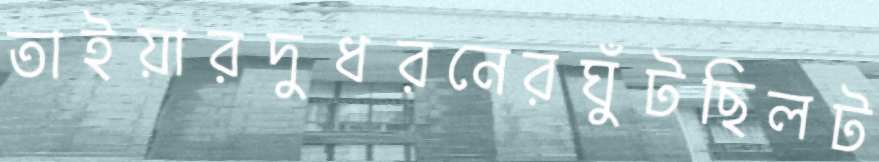
তাইয়ারদুধরনেরঘুঁটছিলট